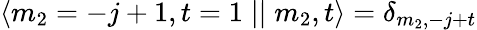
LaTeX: \langle m_{2}=-j+1,t=1\mid\mid m_{2},t\rangle=\delta_{m_{2},-j+t}